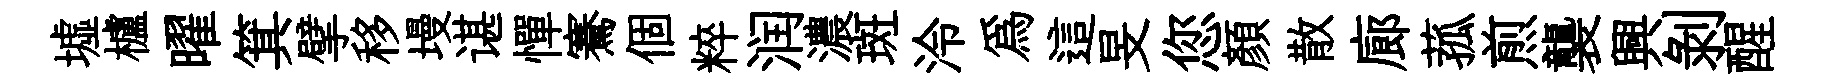
墟櫨曜箕擘移墁谌憚騫個粹润濃斑泠爲這旻您顏散廊菰煎襲興剝醒